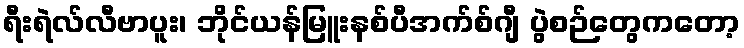
ရီးရဲလ်လီဗာပူး၊ ဘိုင်ယန်မြူးနစ်ပီအက်စ်ဂျီ ပွဲစဉ်တွေကတော့